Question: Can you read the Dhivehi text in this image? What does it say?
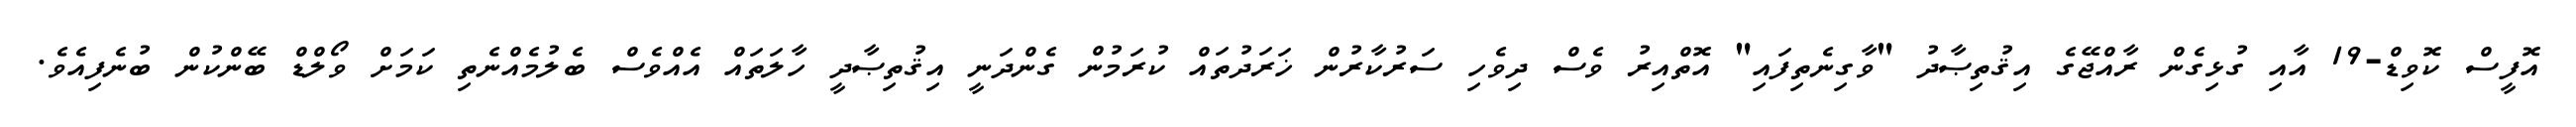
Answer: އޮފީސް ކޮވިޑް-19 އާއި ގުޅިގެން ރާއްޖޭގެ އިޤުތިޞާދު "ވާގިނެތިފައި" އޮތްއިރު ވެސް ދިވެހި ސަރުކާރުން ޚަރަދުތައް ކުރަމުން ގެންދަނީ އިޤުތިޞާދީ ހާލަތައް އެއްވެސް ބެލުމެއްނެތި ކަމަށް ވޯލްޑް ބޭންކުން ބުނެފިއެވެ.